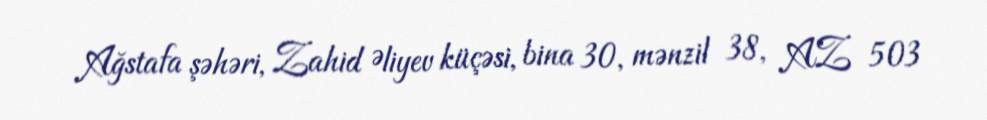
Ağstafa şəhəri, Zahid Əliyev küçəsi, bina 30, mənzil 38, AZ 503